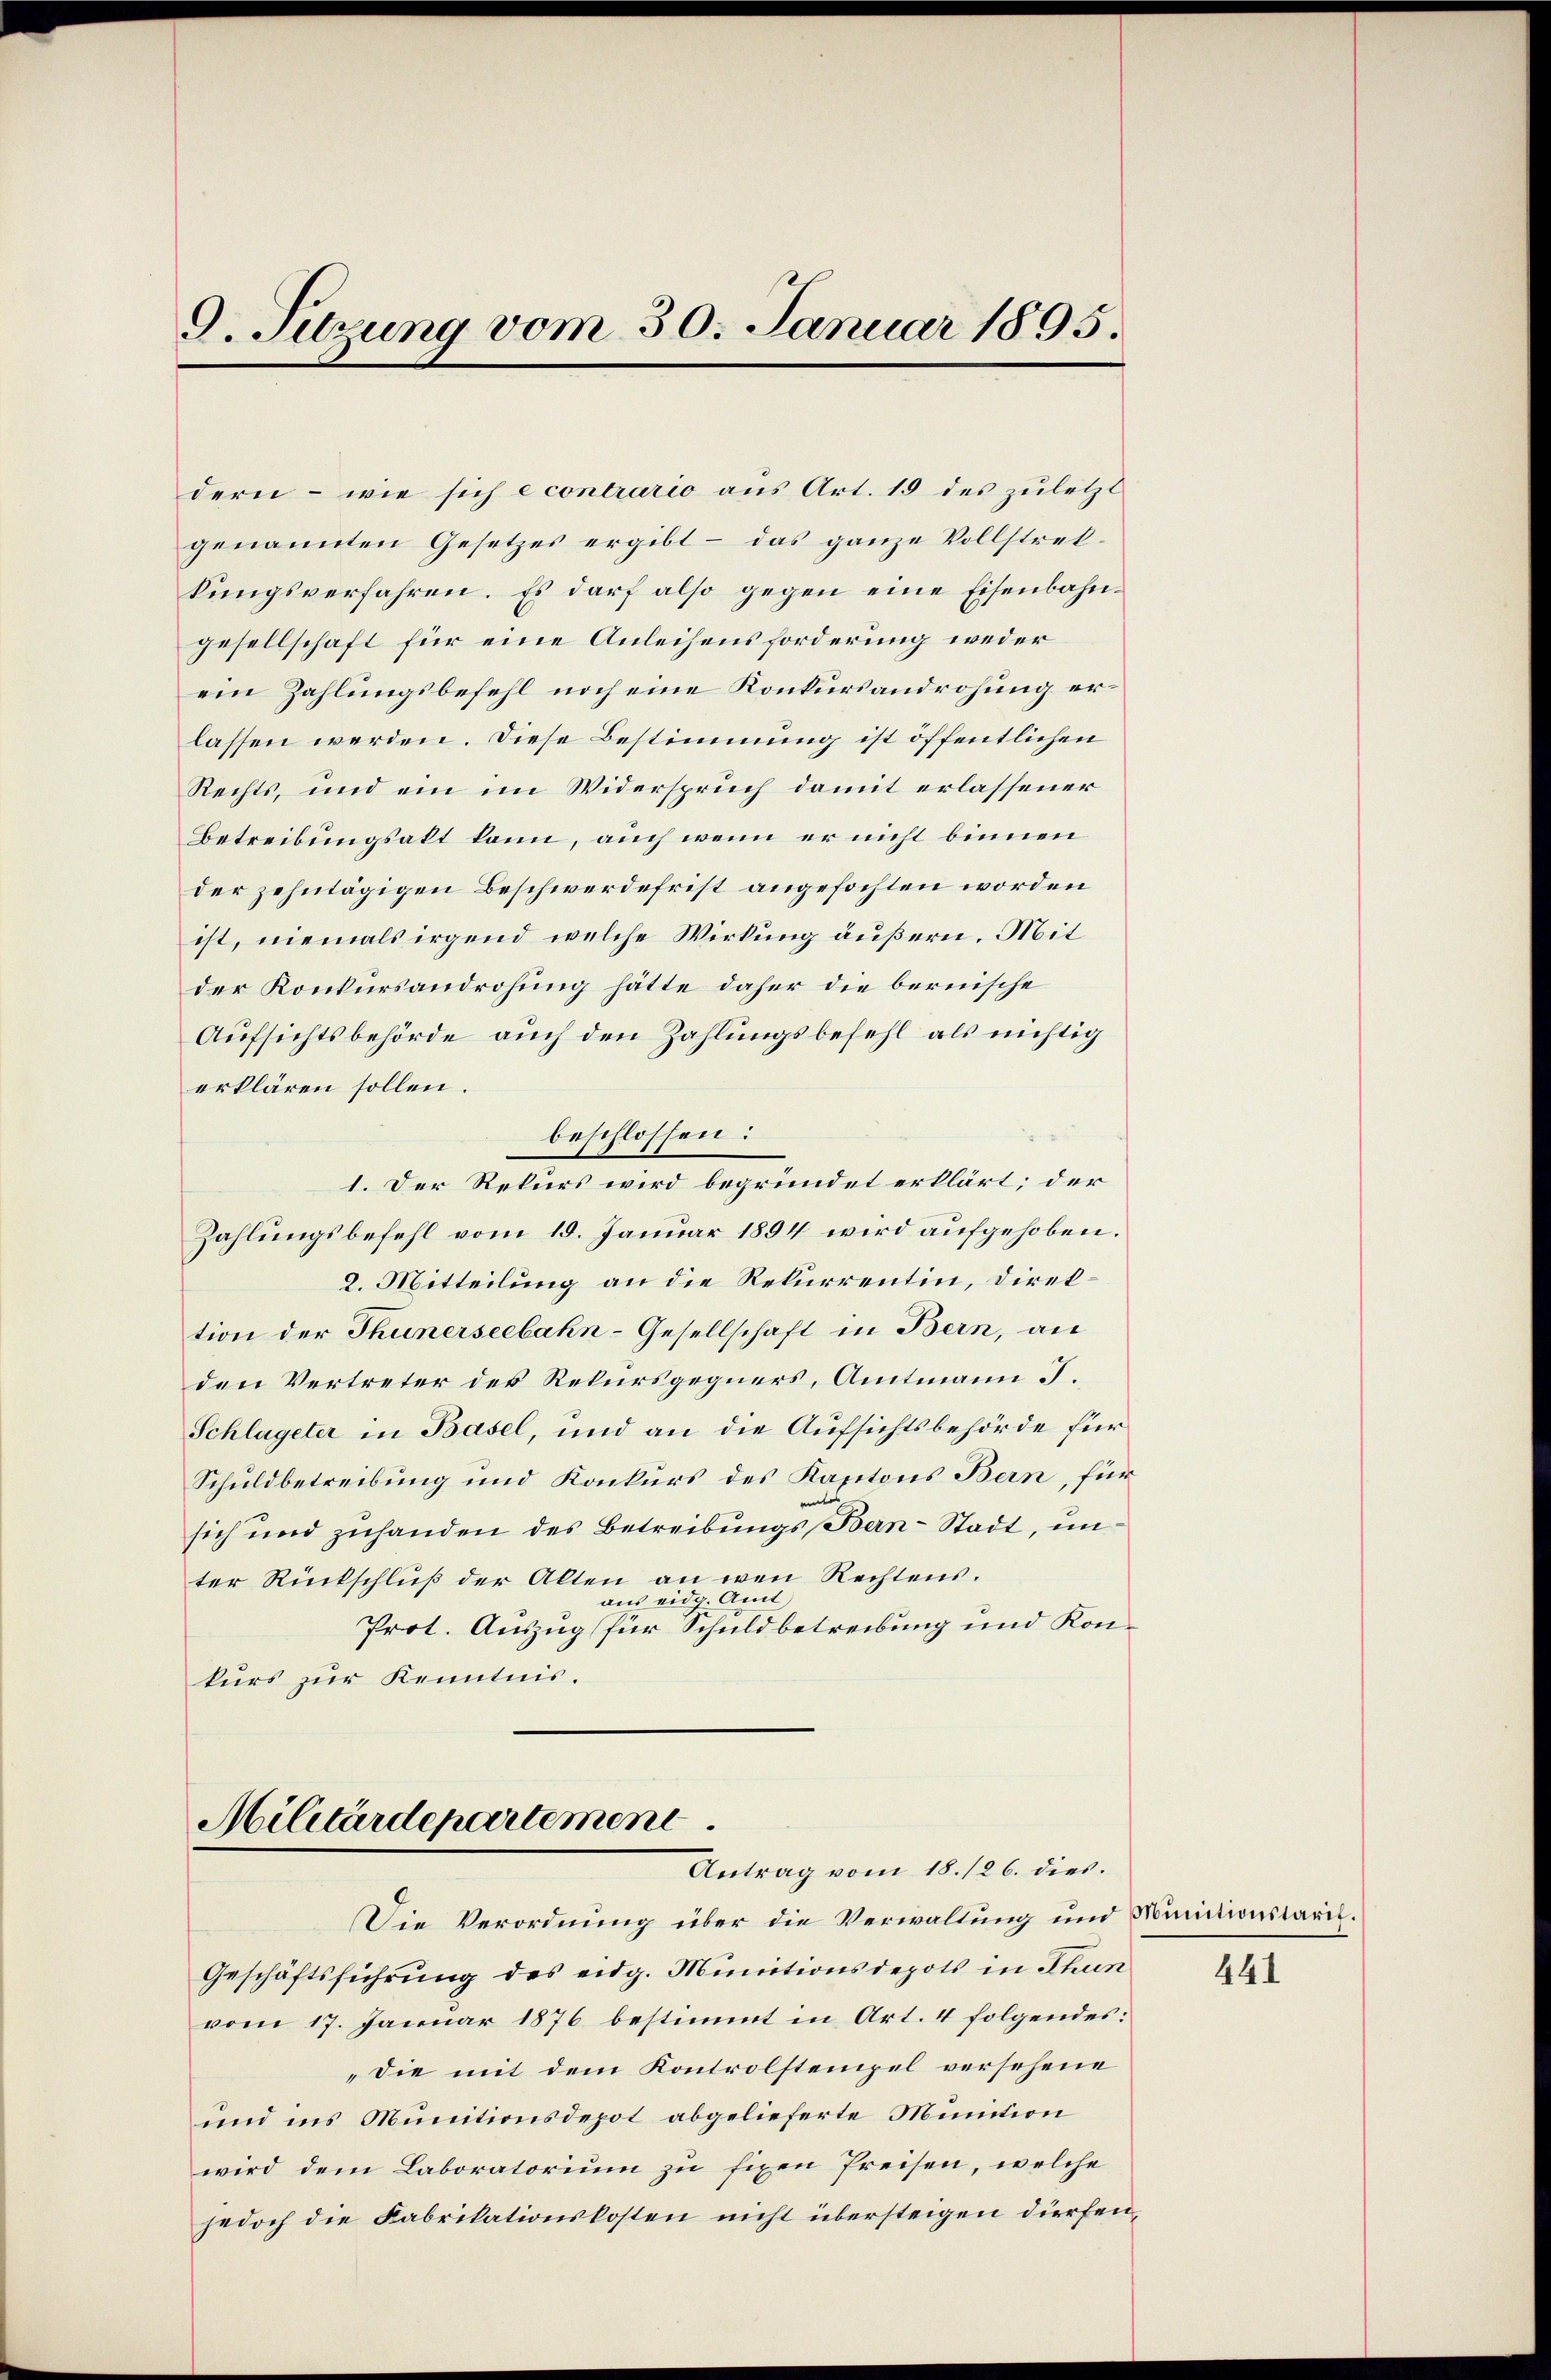
9. Sitzung vom 30. Januar 1895.

dern - wie sich e contrario aus Art. 19 des zuletzt
genannten Gesetzes ergibt – das ganze Vollstreikungsverfahren. Es darf also gegen eine Eisenbahngesellschaft für eine Anleihensforderung weder
ein Zahlungsbefehl noch eine Konkursandrohung erlassen werden. Diese Bestimmung ist öffentlichen
Rechts, und ein im Widerspruch damit erlassener
Betreibungsakt kann, auch wenn er nicht binnen
der zehntägigen Beschwerdefrist angefochten worden
ist, niemals irgend welche Wirkung äußern. Mit
der Konkursandrohung hätte daher die bernische
Aufsichtsbehörde auch den Zahlungsbefehl als nichtig
erklären sollen.
beschlossen:
1. Der Rekurs wird begründet erklärt; der
Zahlungsbefehl vom 18. Januar 1894 wird aufgehoben.
2. Mitteilung an die Rekurrentin, direktion der Thunerseebahn-Gesellschaft in Bern, an
den Vertreter der Rekursgegners, Amtmann J.
Schlageter in Basel, und an die Aufsichtsbehörde für
Schuldbetreibung und Konkurs des Kantons Bern, für
sich und zuhanden des Betreibungs Bern-Stadt, unter Rückschluß der Akten an wen Rechtens.
aus eidg. Amt
Prot. Auszug für Schuldbetreibung und Konkurs zur Kenntnis.

Militärdepartement
Antrag vom 18. 126. dies.
Die Verordnung über die Verwaltung und Munictionstare.

Geschäftsführung des eidg. Munitionsdepots in Thun
vom 17. Januar 1876 bestimmt in Art. 4 folgendes:
„die mit dem Kontrolstempel versehene
und ins Munitionsdepot abgelieferte Munition
wird dem Laboratorium zu fixen Preisen, welche
jedoch die Fabrikationskosten nicht übersteigen dürfen,

441